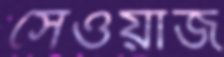
সেওয়াজ